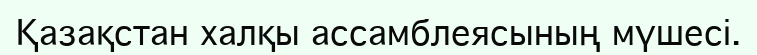
Қазақстан халқы ассамблеясының мүшесі.